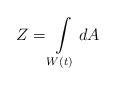
LaTeX: \begin{align*}Z=\int\limits_{W\left( t\right) }dA\end{align*}